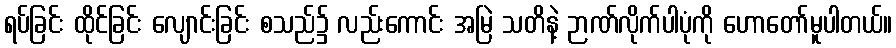
ရပ်ခြင်း ထိုင်ခြင်း လျောင်းခြင်း စသည်၌ လည်းကောင်း အမြဲ သတိနဲ့ ဉာဏ်လိုက်ပါပုံကို ဟောတော်မူပါတယ်။